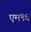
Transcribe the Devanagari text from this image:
एम९६